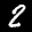
Label: 2